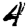
Digit: 4